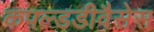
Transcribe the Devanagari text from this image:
कपल्डडीवैसेस